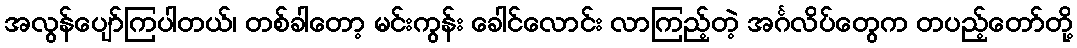
အလွန်ပျော်ကြပါတယ်၊ တစ်ခါတော့ မင်းကွန်း ခေါင်လောင်း လာကြည့်တဲ့ အင်္ဂလိပ်တွေက တပည့်တော်တို့